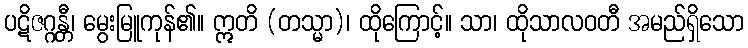
ပဋိဇဂ္ဂန္တီ၊ မွေးမြူကုန်၏။ ဣတိ (တသ္မာ)၊ ထိုကြောင့်။ သာ၊ ထိုသာလဝတီ အမည်ရှိသော